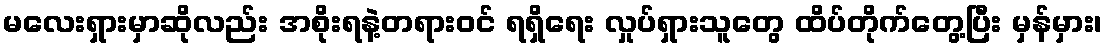
မလေးရှားမှာဆိုလည်း အစိုးရနဲ့တရားဝင် ရရှိရေး လှုပ်ရှားသူတွေ ထိပ်တိုက်တွေ့ပြီး မှန်မှား၊